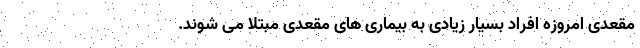
مقعدی امروزه افراد بسیار زیادی به بیماری های مقعدی مبتلا می شوند.